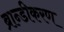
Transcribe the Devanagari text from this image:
ब्रान्डीकरण